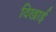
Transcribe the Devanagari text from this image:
दिखार्इ